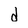
Character: d